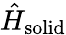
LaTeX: \hat{H}_{\mathrm{solid}}